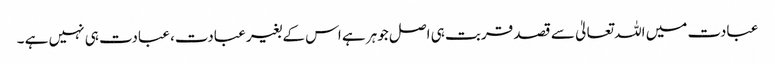
عبادت میں اللہ تعالیٰ سے قصد قربت ہی اصل جوہر ہے اس کے بغیر عبادت، عبادت ہی نہیں ہے ۔